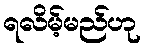
ရလိမ့်မည်ဟု